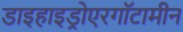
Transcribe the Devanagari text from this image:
डाइहाइड्रोएरगॉटामीन